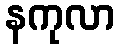
နကုလာ